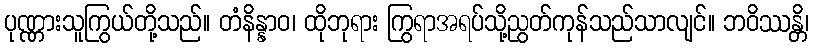
ပုဏ္ဏားသူကြွယ်တို့သည်။ တံနိန္နာဝ၊ ထိုဘုရား ကြွရာအရပ်သို့ညွတ်ကုန်သည်သာလျင်။ ဘဝိဿန္တိ၊